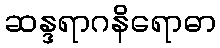
ဆန္ဒရာဂနိရောဓာ